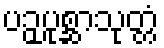
ပဉှပုစ္ဆာသုတ္တံ